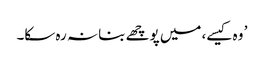
’ وہ کیسے، میں پوچھے بنا نہ رہ سکا۔